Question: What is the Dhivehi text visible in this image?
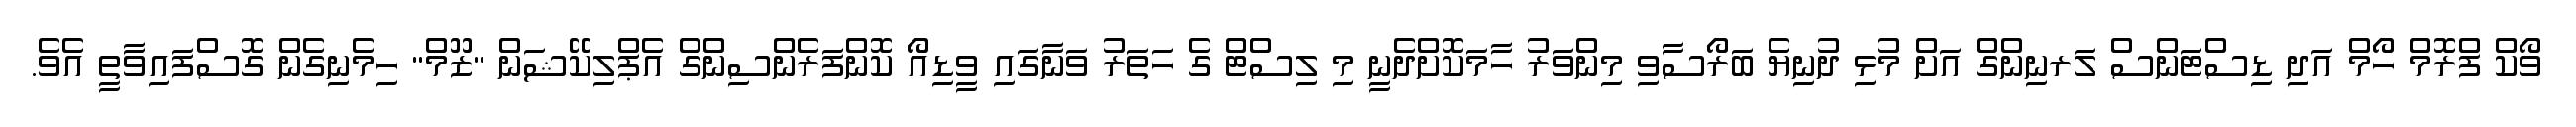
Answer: ވޯކް ފްރޮމް ހޯމް އަދި ޑިސްޓަންސް ލަރނިންގް އަށް މުޅި ދުނިޔެ ބަރޯސާވި މިންވަރު ހާމަކޮށްދެނީ މި ލިސްޓް ގެ ހަތަރު ވަނާގައި ވީޑިއޯ ކޮންފަރެންސިންގް އެޕްލިކޭޝަން "ޒޫމް" ހިމެނިގެން ގޮސްފައިވާތީ އެވެ.